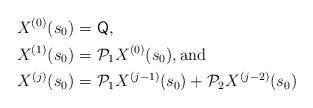
LaTeX: \begin{align*}X^{(0)}(s_{0}) = & \ \mathsf{Q}, \\X^{(1)}(s_{0}) = & \ \mathcal{P}_{1}X^{(0)}(s_{0}), \mathrm{and}\\X^{(j)}(s_{0})= & \ \mathcal{P}_{1} X^{(j-1)}(s_{0}) + \mathcal{P}_{2}X^{(j-2)}(s_{0})\end{align*}